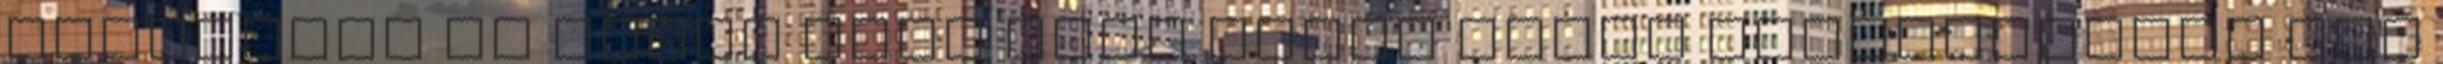
Accademia di Belle Arti Aldo Galli olyan partnerséget írt